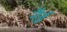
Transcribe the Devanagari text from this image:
नैई